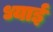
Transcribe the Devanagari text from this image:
ध्याई